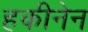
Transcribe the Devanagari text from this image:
हकीनेन